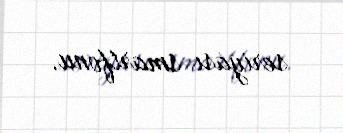
seriyası smartfonu.